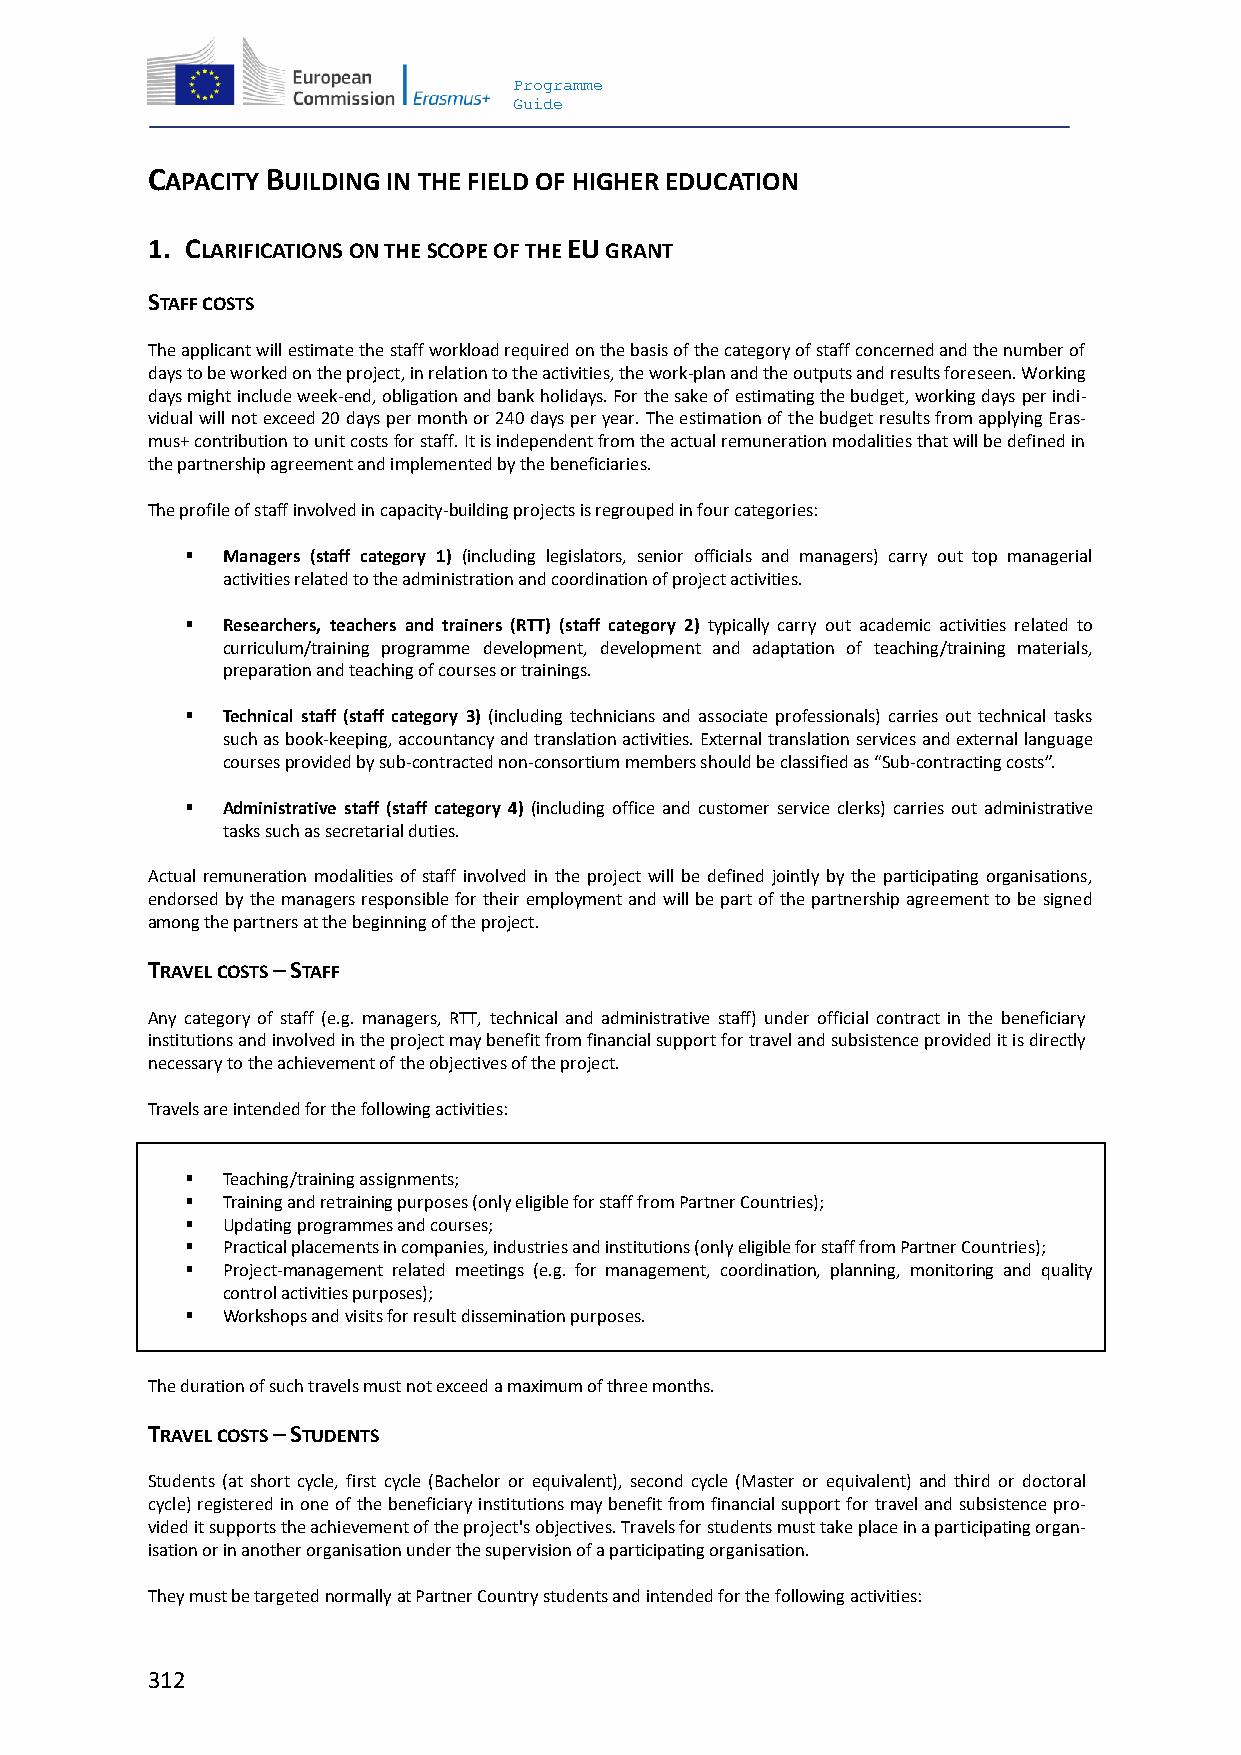
Programme
 Guide
 CAPACITY BUILDING IN THE FIELD OF HIGHER EDUCATION
 1. CLARIFICATIONS ON THE SCOPE OF THE EU GRANT
 STAFF COSTS
 The applicant will estimate the staff workload required on the basis of the category of staff concerned and the number of
 days to be worked on the project, in relation to the activities, the work-plan and the outputs and results foreseen. Working
 days might include week-end, obligation and bank holidays. For the sake of estimating the budget, working days per indi-
 vidual will not exceed 20 days per month or 240 days per year. The estimation of the budget results from applying Eras-
 mus+ contribution to unit costs for staff. It is independent from the actual remuneration modalities that will be defined in
 the partnership agreement and implemented by the beneficiaries.
 The profile of staff involved in capacity-building projects is regrouped in four categories:
   Managers (staff category 1) (including legislators, senior officials and managers) carry out top managerial
 activities related to the administration and coordination of project activities.
   Researchers, teachers and trainers (RTT) (staff category 2) typically carry out academic activities related to
 curriculum/training programme development, development and adaptation of teaching/training materials,
 preparation and teaching of courses or trainings.
   Technical staff (staff category 3) (including technicians and associate professionals) carries out technical tasks
 such as book-keeping, accountancy and translation activities. External translation services and external language
 courses provided by sub-contracted non-consortium members should be classified as “Sub-contracting costs”.
   Administrative staff (staff category 4) (including office and customer service clerks) carries out administrative
 tasks such as secretarial duties.
 Actual remuneration modalities of staff involved in the project will be defined jointly by the participating organisations,
 endorsed by the managers responsible for their employment and will be part of the partnership agreement to be signed
 among the partners at the beginning of the project.
 TRAVEL COSTS – STAFF
 Any category of staff (e.g. managers, RTT, technical and administrative staff) under official contract in the beneficiary
 institutions and involved in the project may benefit from financial support for travel and subsistence provided it is directly
 necessary to the achievement of the objectives of the project.
 Travels are intended for the following activities:
   Teaching/training assignments;
   Training and retraining purposes (only eligible for staff from Partner Countries);
   Updating programmes and courses;
   Practical placements in companies, industries and institutions (only eligible for staff from Partner Countries);
   Project-management related meetings (e.g. for management, coordination, planning, monitoring and quality
 control activities purposes);
   Workshops and visits for result dissemination purposes.
 The duration of such travels must not exceed a maximum of three months.
 TRAVEL COSTS – STUDENTS
 Students (at short cycle, first cycle (Bachelor or equivalent), second cycle (Master or equivalent) and third or doctoral
 cycle) registered in one of the beneficiary institutions may benefit from financial support for travel and subsistence pro-
 vided it supports the achievement of the project's objectives. Travels for students must take place in a participating organ-
 isation or in another organisation under the supervision of a participating organisation.
 They must be targeted normally at Partner Country students and intended for the following activities:
 312